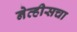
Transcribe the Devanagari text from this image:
नेव्हीसचा